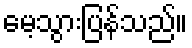
မေ့သွားပြန်သည်။